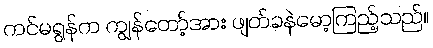
ကင်မရွန်က ကျွန်တော့်အား ဖျတ်ခနဲမော့ကြည့်သည်။